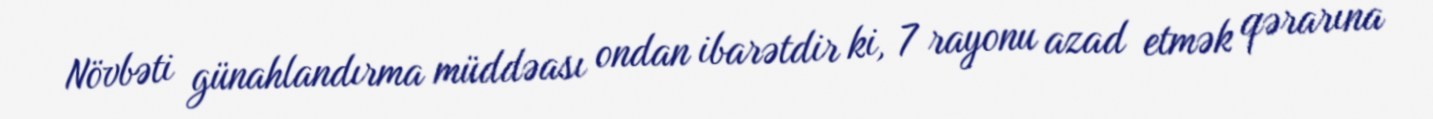
Növbəti günahlandırma müddəası ondan ibarətdir ki, 7 rayonu azad etmək qərarına